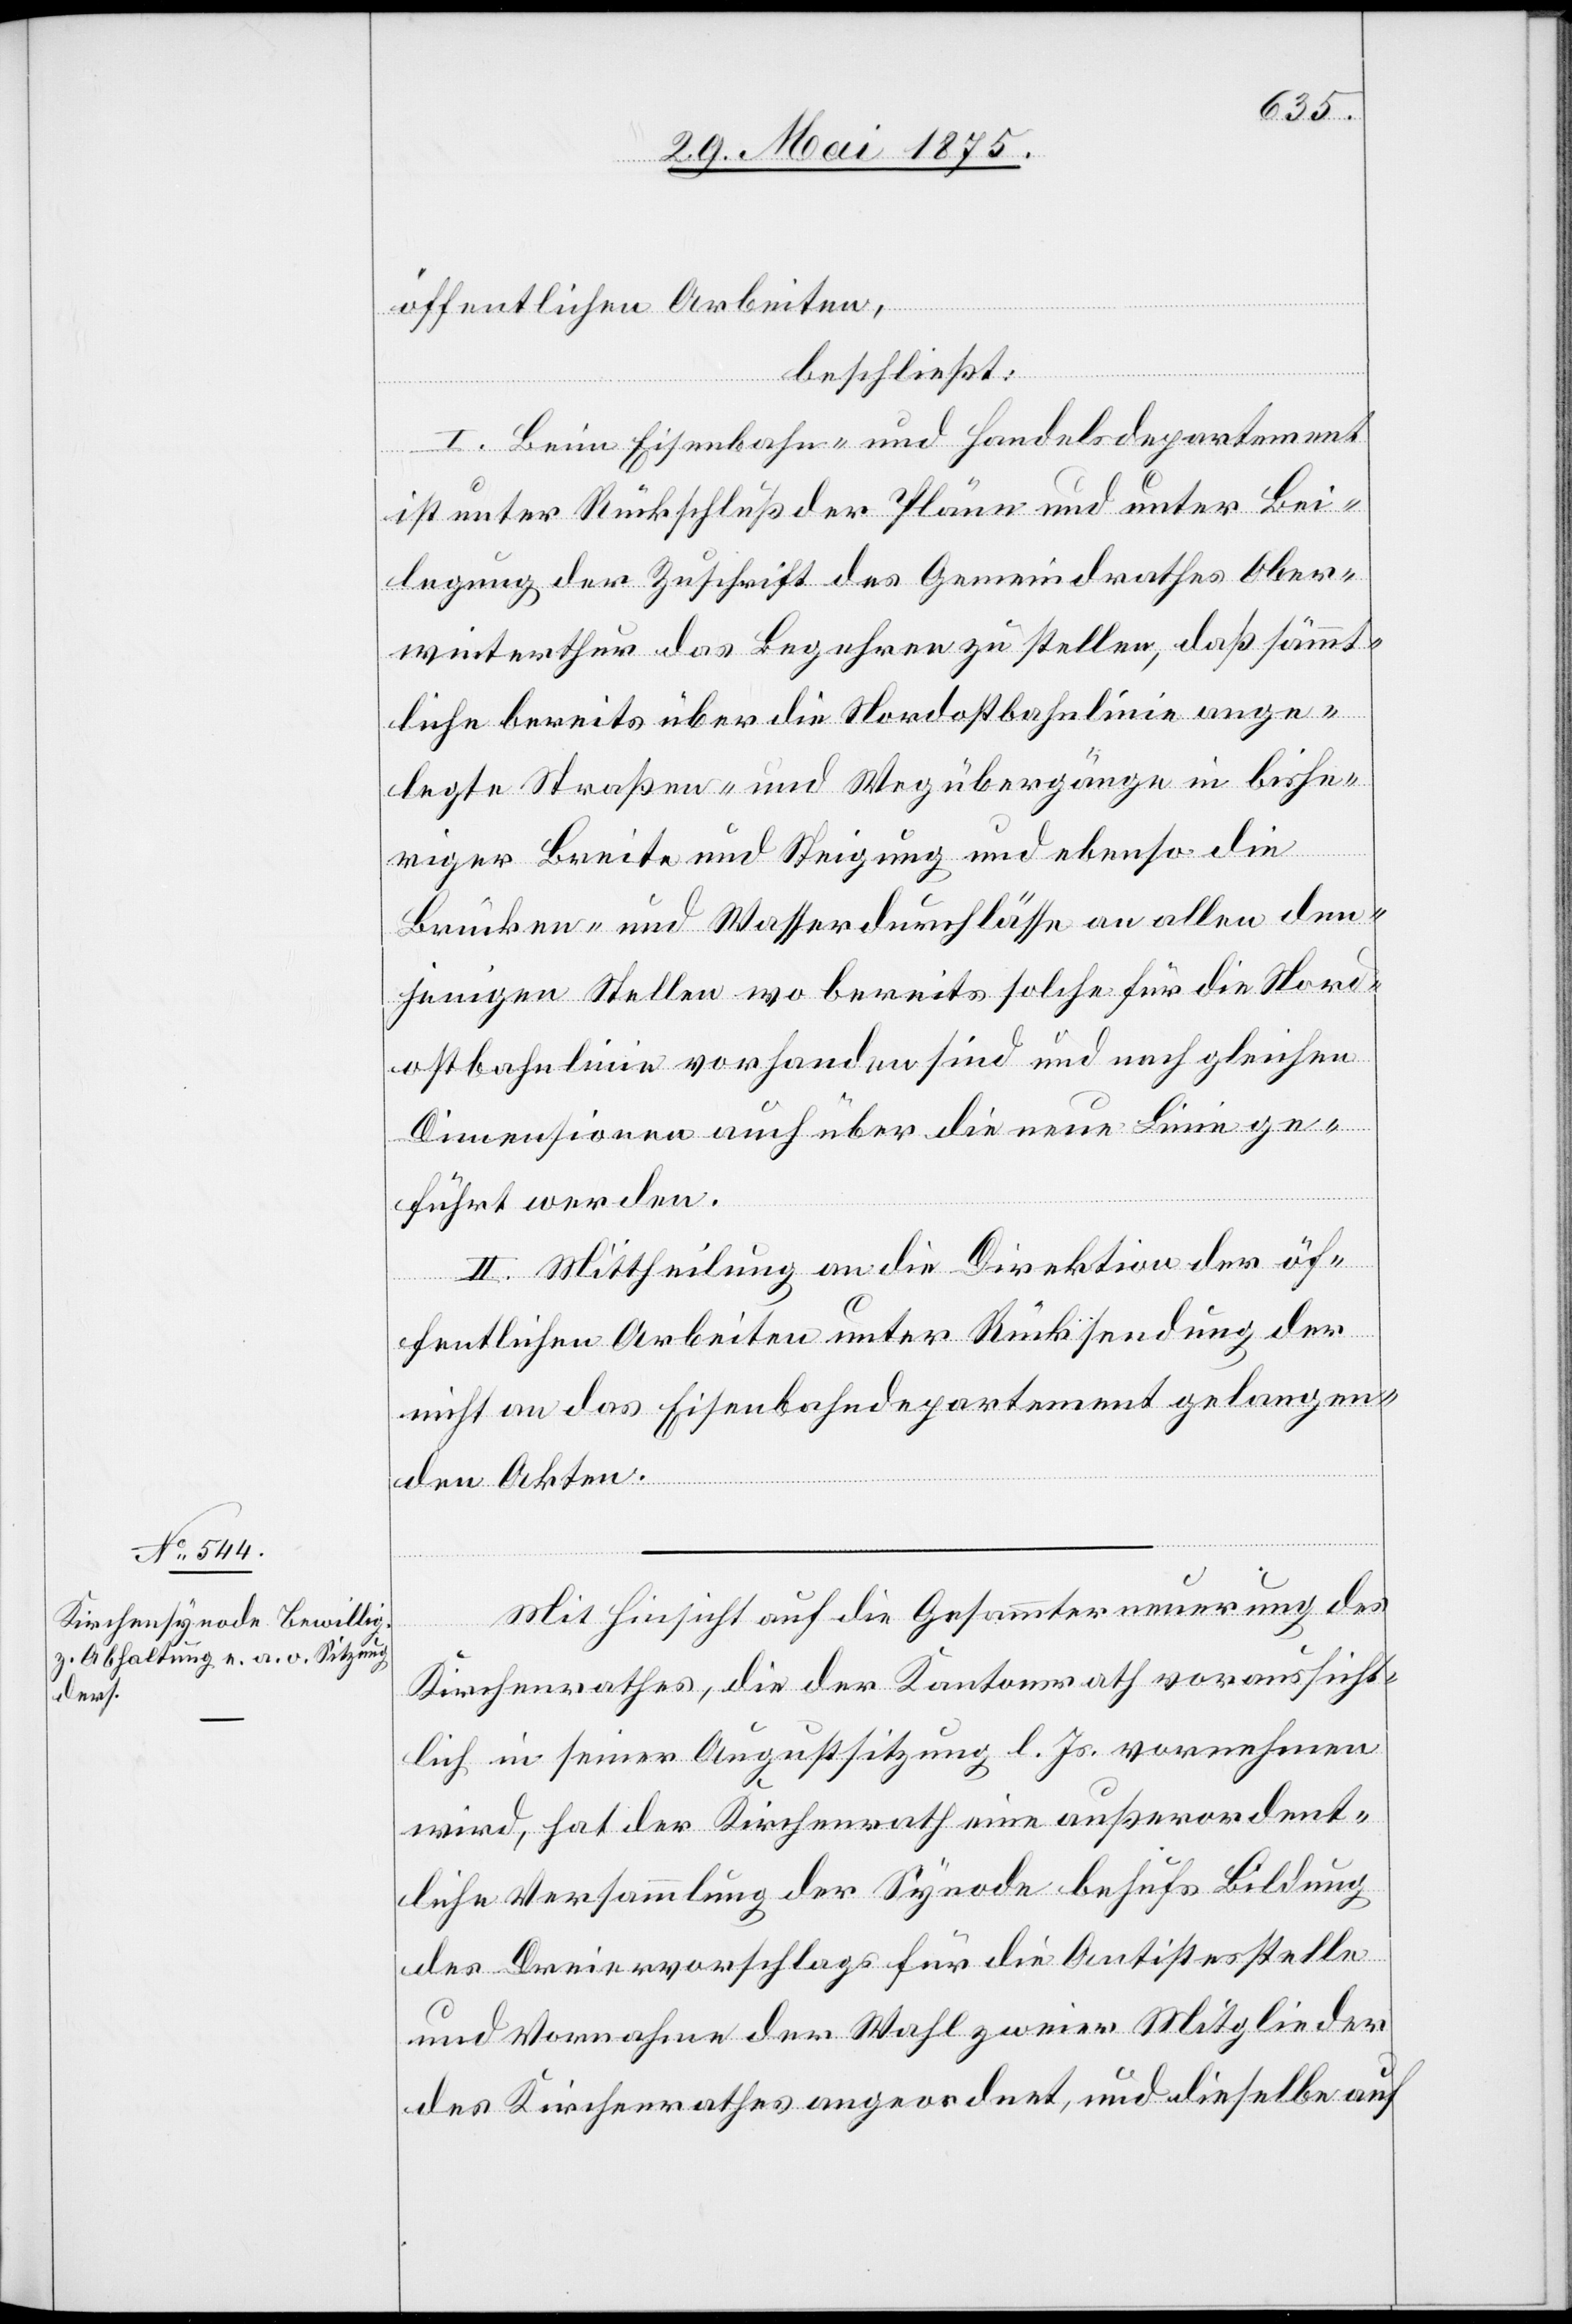
öffentlichen Arbeiten,
beschließt:
I. Beim Eisenbahn- und Handelsdepartement
ist unter Rückschluß der Pläne und unter Bei¬
legung der Zuschrift des Gemeindrathes Ober¬
winterthur das Begehren zu stellen[,] daß sämmt¬
liche bereits über die Nordostbahnlinien ange¬
legte Straßen- und Wegübergänge in bishe¬
riger Breite und Steigung und ebenso die
Brücken- und Wasserdurchlässe an allen den¬
jenigen Stellen wo bereits solche für die Nord¬
ostbahnlinie vorhanden sind und nach gleichen
Dimensionen auch über die neue Linie ge¬
führt werden.
II. Mittheilung an die Direktion der öf¬
fentlichen Arbeiten unter Rücksendung der
nicht an das Eisenbahndepartement gelangen¬
den Akten.
Mit Hinsicht auf die Gesammternennung des
Kirchenrathes, die der Kirchenrath voraussicht¬
lich in seiner Augustsitzung d. Js. vornehmen
wird, hat der Kirchenrath eine außerordent¬
liche Versammlung der Synode behufs Bildung
des Dreiervorschlags für die Antistesstelle
und Vornahme der Wahl zweier Mitglieder
des Kirchenrathes angeordnet, und dieselbe auf